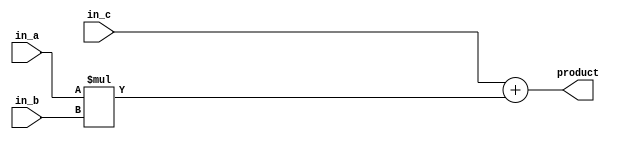
// This program was cloned from: https://github.com/redlightASl/Notes
// License: GNU General Public License v3.0

`timescale 1ns / 1ps

//product = in_c + in_a * in_b
module multip_adder#(
           parameter BITWIDTH = 8,
           parameter IS_BITWIDTH_DOUBLE_SCALE = 1
       )
       (
           input wire signed [BITWIDTH - 1: 0] in_a,
           input wire signed [BITWIDTH - 1: 0] in_b,
           input wire signed [BITWIDTH * (IS_BITWIDTH_DOUBLE_SCALE + 1) - 1: 0] in_c,
           output wire signed [BITWIDTH * (IS_BITWIDTH_DOUBLE_SCALE + 1) - 1: 0] product
       );
assign product = in_c + (in_a * in_b);
endmodule